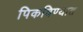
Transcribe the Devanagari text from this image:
पिकविण्यात